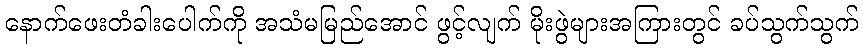
နောက်ဖေးတံခါးပေါက်ကို အသံမမြည်အောင် ဖွင့်လျက် မိုးဖွဲများအကြားတွင် ခပ်သွက်သွက်